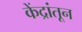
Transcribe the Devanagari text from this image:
केंद्रांतून